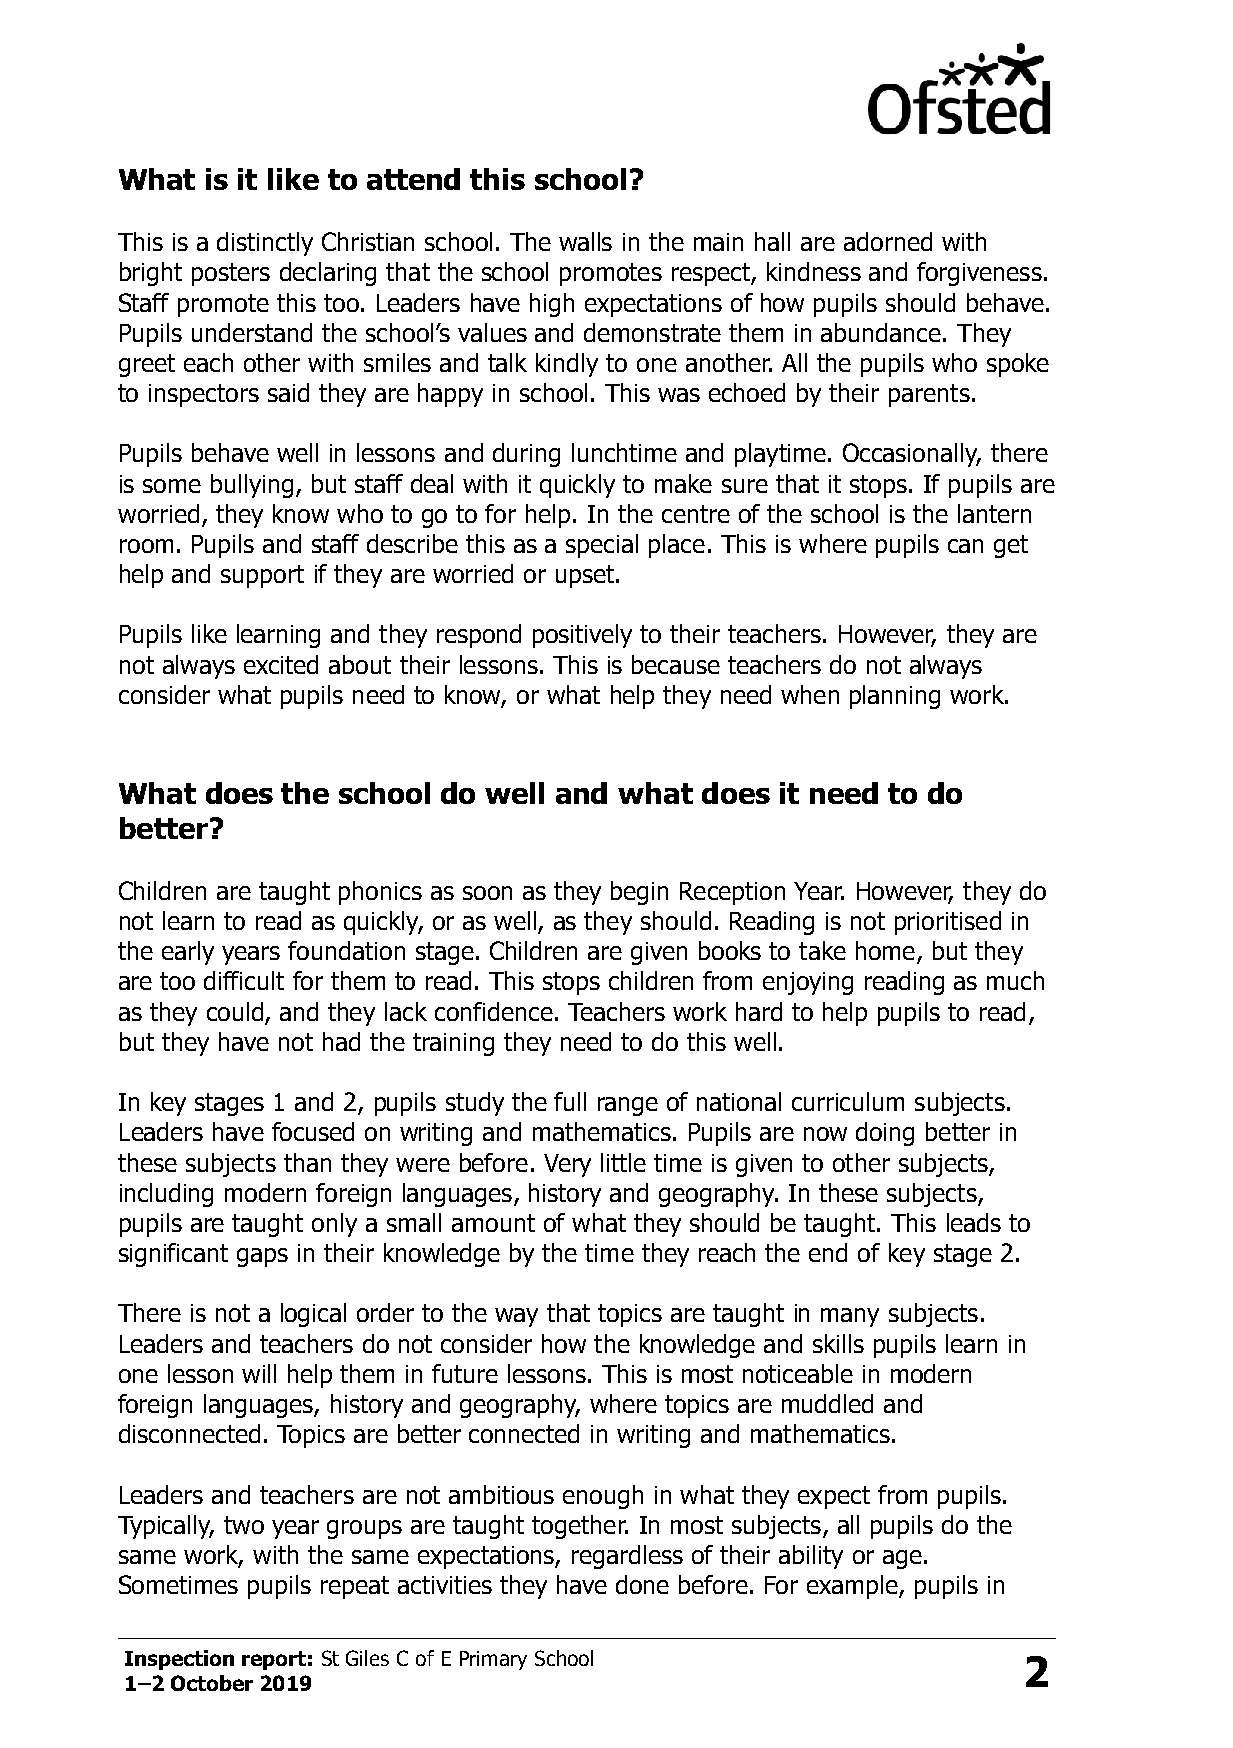
What  is it like to attend this school?
 This is a distinctly Christian school. The walls in the main hall are adorned with
 bright posters declaring that the school promotes respect, kindness and forgiveness.
 Staff promote this too. Leaders have high expectations of how pupils should behave.
 Pupils understand the school’s values and demonstrate them in abundance. They
 greet each other with smiles and talk kindly to one another. All the pupils who spoke
 to inspectors said they are happy in school. This was echoed by their parents.
 Pupils behave well in lessons and during lunchtime and playtime. Occasionally, there
 is some bullying, but staff deal with it quickly to make sure that it stops. If pupils are
 worried, they know who to go to for help. In the centre of the school is the lantern
 room. Pupils and staff describe this as a special place. This is where pupils can get
 help and support if they are worried or upset.
 Pupils like learning and they respond positively to their teachers. However, they are
 not always excited about their lessons. This is because teachers do not always
 consider what pupils need to know, or what help they need when planning work.
 What  does the school do well and what does it need to do
 better?
 Children are taught phonics as soon as they begin Reception Year. However, they do
 not learn to read as quickly, or as well, as they should. Reading is not prioritised in
 the early years foundation stage. Children are given books to take home, but they
 are too difficult for them to read. This stops children from enjoying reading as much
 as they could, and they lack confidence. Teachers work hard to help pupils to read,
 but they have not had the training they need to do this well.
 In key stages 1 and 2, pupils study the full range of national curriculum subjects.
 Leaders have focused on writing and mathematics. Pupils are now doing better in
 these subjects than they were before. Very little time is given to other subjects,
 including modern foreign languages, history and geography. In these subjects,
 pupils are taught only a small amount of what they should be taught. This leads to
 significant gaps in their knowledge by the time they reach the end of key stage 2.
 There is not a logical order to the way that topics are taught in many subjects.
 Leaders and teachers do not consider how the knowledge and skills pupils learn in
 one lesson will help them in future lessons. This is most noticeable in modern
 foreign languages, history and geography, where topics are muddled and
 disconnected. Topics are better connected in writing and mathematics.
 Leaders and teachers are not ambitious enough in what they expect from pupils.
 Typically, two year groups are taught together. In most subjects, all pupils do the
 same work, with the same expectations, regardless of their ability or age.
 Sometimes pupils repeat activities they have done before. For example, pupils in
 Inspection report: St Giles C of E Primary School           2
 1–2 October 2019